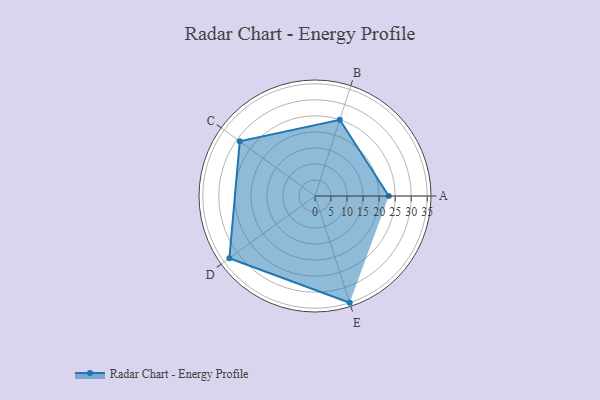
{"axis": {"x": "Skill", "y": "Score"}, "legend": ["Profile"], "data": [{"x": "A", "y": 23.0, "type": "Profile"}, {"x": "B", "y": 25.0, "type": "Profile"}, {"x": "C", "y": 29.0, "type": "Profile"}, {"x": "D", "y": 33.0, "type": "Profile"}, {"x": "E", "y": 35.0, "type": "Profile"}]}